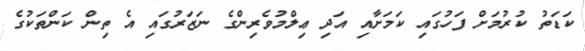
ކަޑަތު ކުރުމަށް ފަހުގައި ކަމަށާއި އަދި ޢިލްމުވެރިންގެ ނަޒަރުގައި އެ ތިން ކަންތަކުގެ